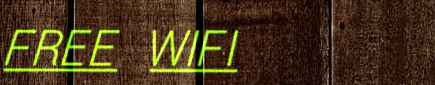
FREE WIFI